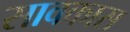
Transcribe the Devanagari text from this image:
सावकास